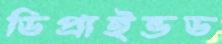
ডিপ্রাইভড